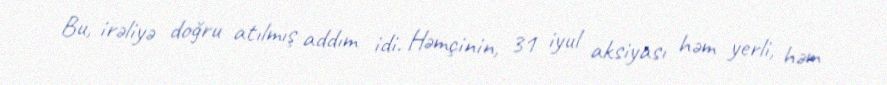
Bu, irəliyə doğru atılmış addım idi. Həmçinin, 31 iyul aksiyası həm yerli, həm